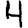
Digit: 4